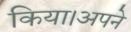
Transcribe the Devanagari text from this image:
किया।अपने